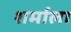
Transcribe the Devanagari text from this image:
शर्माला